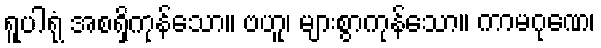
ရူပါရုံ အစရှိကုန်သော။ ဗဟူ၊ များစွာကုန်သော။ ကာမဂုဏေ၊